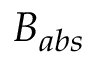
B _ { a b s }